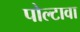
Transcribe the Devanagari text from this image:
पोल्टावा